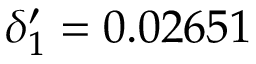
\delta _ { 1 } ^ { \prime } = 0 . 0 2 6 5 1